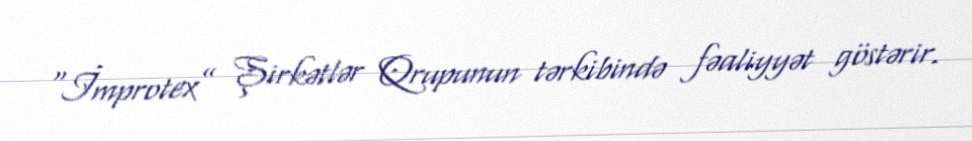
“İmprotex” Şirkətlər Qrupunun tərkibində fəaliyyət göstərir.